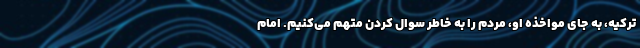
ترکیه، به جای مواخذه او، مردم را به خاطر سوال کردن متهم می‌کنیم. امام